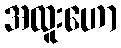
အထူးဟော